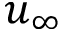
u _ { \infty }